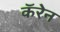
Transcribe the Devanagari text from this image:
कॅरेन